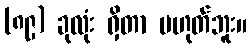
(၈၉) ခုလုံး ရှိတာ မဟုတ်ဘူး။